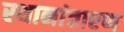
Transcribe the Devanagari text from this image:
स्थानांतारण